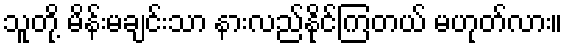
သူတို့ မိန်းမချင်းသာ နားလည်နိုင်ကြတယ် မဟုတ်လား။